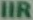
IIR